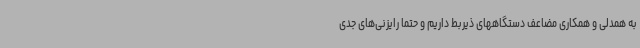
به همدلی و همکاری مضاعف دستگاههای ذیربط داریم و حتما رایزنی‌های جدی